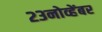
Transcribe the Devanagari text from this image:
२३नोव्हेंबर